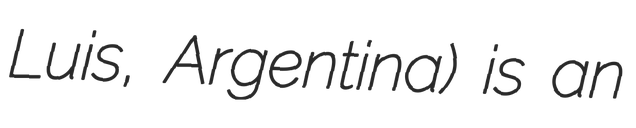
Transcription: Luis, Argentina) is an